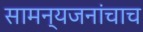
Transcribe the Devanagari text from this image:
सामन्यजनांचाच